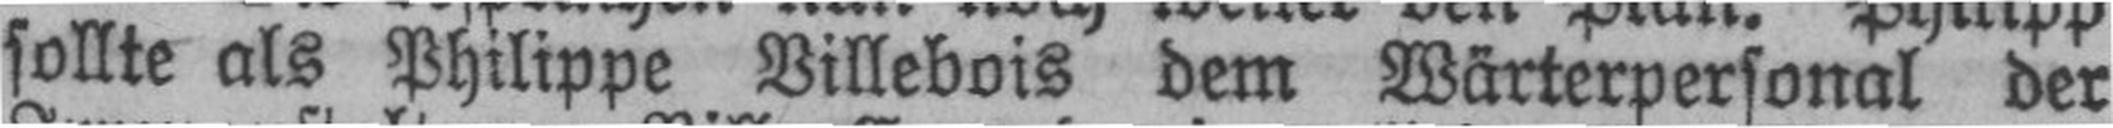
sollte als Philippe Villebois dem Wärterpersonal der